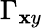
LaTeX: \Gamma_{\mathbf{x}y}